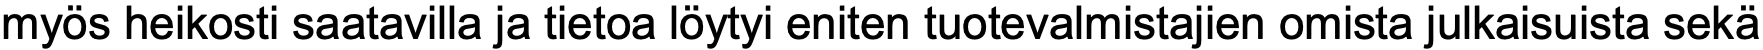
myös heikosti saatavilla ja tietoa löytyi eniten tuotevalmistajien omista julkaisuista sekä